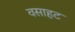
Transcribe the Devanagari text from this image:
वसाहट